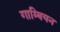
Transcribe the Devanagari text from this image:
गाम्बियन